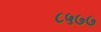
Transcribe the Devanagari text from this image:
८५७७